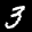
Label: 3